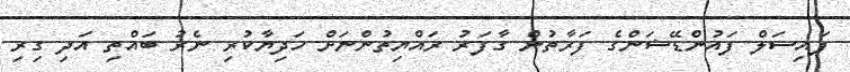
ފައިސަލް ފައުންޑޭޝަންގެ ފަރާތުން ގާފަރު ރައްޔިތުންނަށް ހަދިޔާކުރި ނެރު ބައްތި އަދި ގިރި